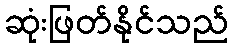
ဆုံးဖြတ်နိုင်သည်